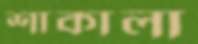
শাকালা